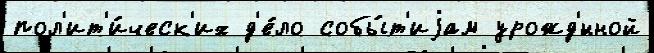
пол'ит'и́ческ'их д'е́ло собы́т'иjам урожд'́нной